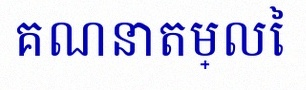
គណនាតម្លៃ